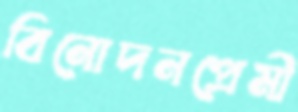
বিনোদনপ্রেমী